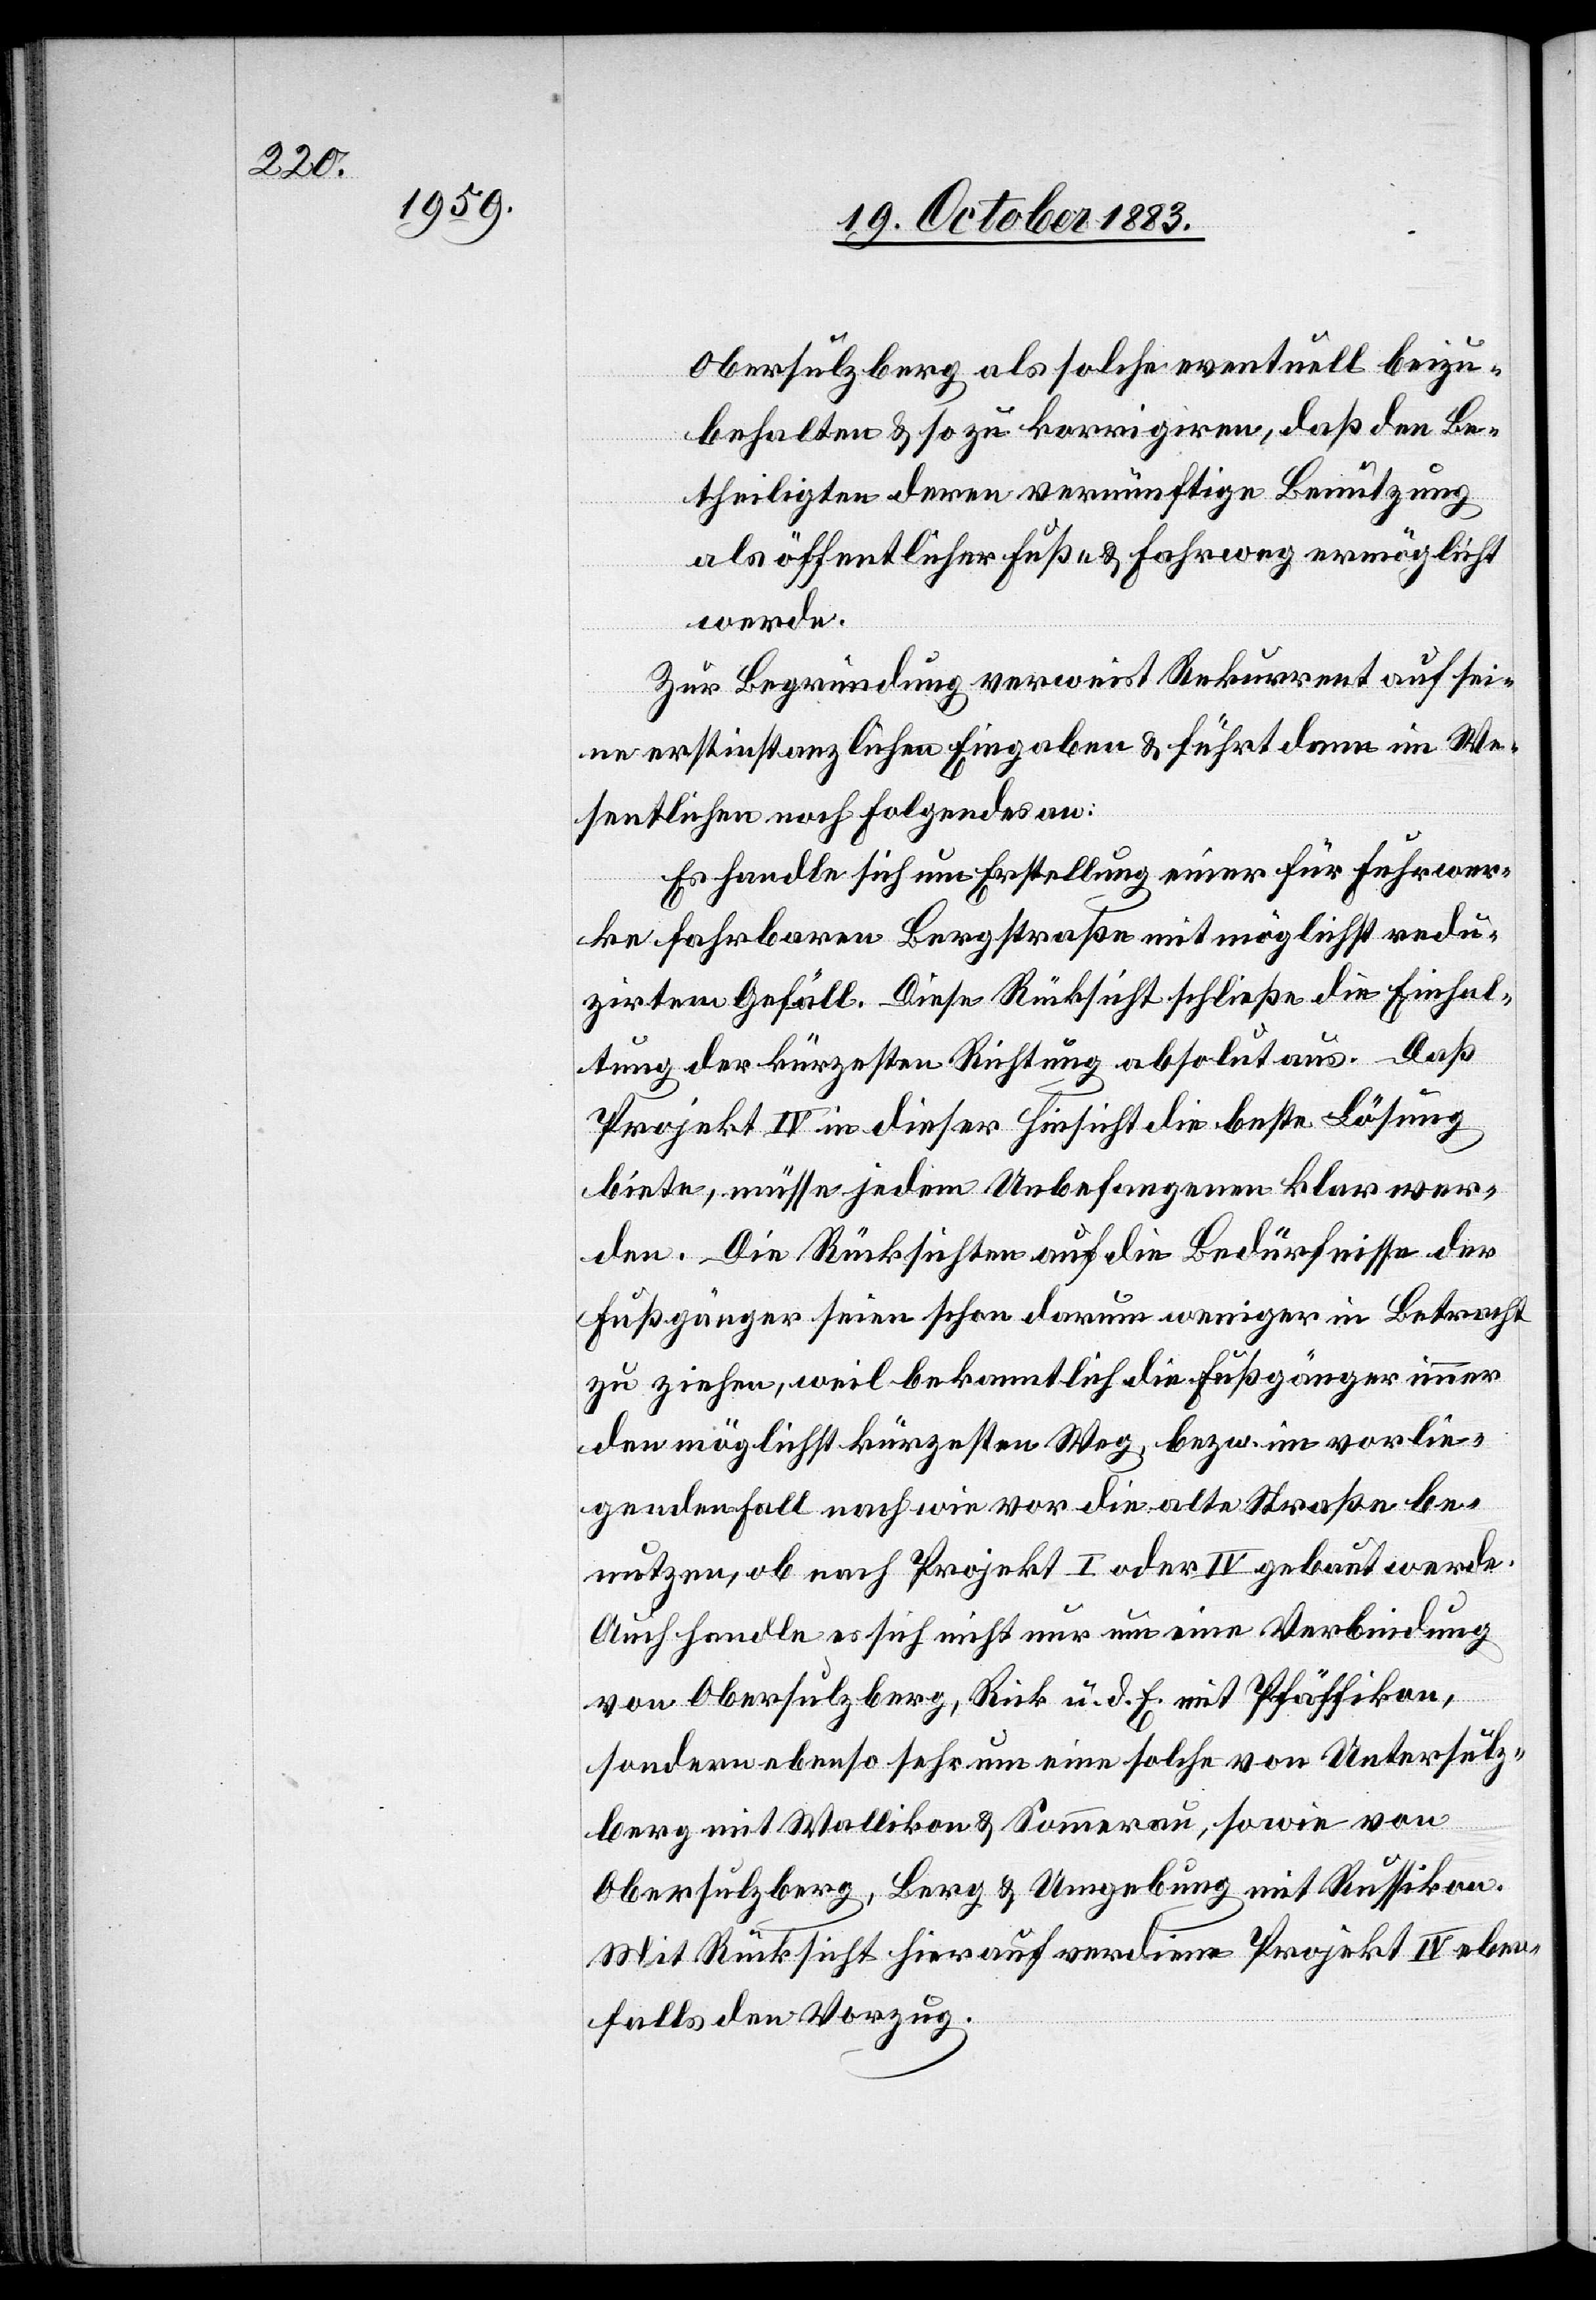
Obersulzberg als solche eventuell beizu¬
behalten & so zu korrigiren, daß den Be¬
theiligten deren vernünftige Benutzung
als öffentlicher Fluß- & Fahrweg ermöglicht
werde.
Zur Begründung verweist Rekurrent auf sei¬
ne erstinstanzlichen Eingaben & führt dann im We¬
sentlichen noch folgendes an:
Es handle sich um Erstellung einer für Fuhrwer¬
ke fahrbaren Bergstraße mit möglichst redu¬
zirtem Gefäll. Diese Rücksicht schließe die Einhal¬
tung der kürzesten Richtung absolut aus. Daß
Projekt IV in dieser Hinsicht die beste Lösung
biete, müsse jedem Unbefangenen klar wer¬
den. Die Rücksichten auf die Bedürfnisse der
Fußgänger seien schon darum weniger in Betracht
zu ziehen, weil bekanntlich die Fußgänger immer
den möglichst kürzesten Weg, bezw. im vorlie¬
genden Fall nach wie vor die alte Straße be¬
nutzen, ob nach Projekt I oder IV gebaut werde.
Auch handle es sich nicht nur um eine Verbindung
von Obersulzberg, Rick u. d. E. mit Pfäffikon,
sondern ebenso sehr um eine solche von Untersulz¬
berg mit Wallikon & Sommerau, sowie von
Obersulzberg, Berg & Umgebung mit Russikon.
Mit Rücksicht hierauf verdiene Projekt IV eben¬
falls den Vorzug.